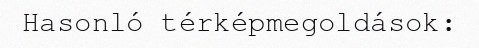
Hasonló térképmegoldások: